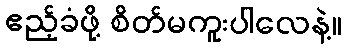
ဧည့်ခံဖို့ စိတ်မကူးပါလေနဲ့။